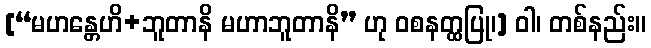
[“မဟန္တေဟိ+ဘူတာနိ မဟာဘူတာနိ” ဟု ဝစနတ္ထပြု၊] ဝါ၊ တစ်နည်း။